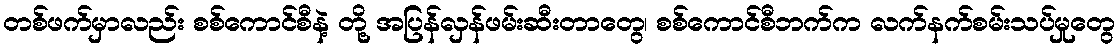
တစ်ဖက်မှာလည်း စစ်ကောင်စီနဲ့ တို့ အပြန်လှန်ဖမ်းဆီးတာတွေ၊ စစ်ကောင်စီဘက်က လက်နက်စမ်းသပ်မှုတွေ